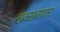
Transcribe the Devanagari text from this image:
खवखवणार